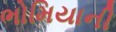
ભોમિયાની